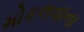
મોકલવાના